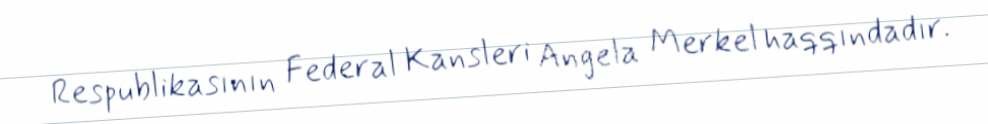
Respublikasının Federal Kansleri Angela Merkel haqqındadır.